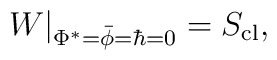
W\big|_{\Phi^* = \bar\phi = \hbar=0}= S_{\rm cl},